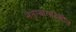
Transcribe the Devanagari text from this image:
नेतृत्वालादेखील